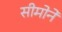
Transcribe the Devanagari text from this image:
सीमोने